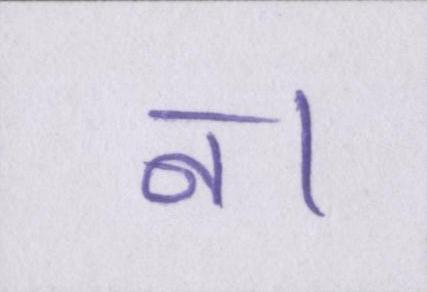
न।